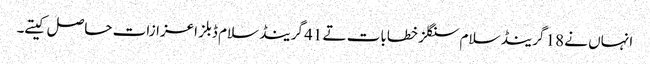
انہاں نے 18 گرینڈ سلام سنگلز خطابات تے 41 گرینڈ سلام ڈبلز اعزازات حاصل کیتے۔